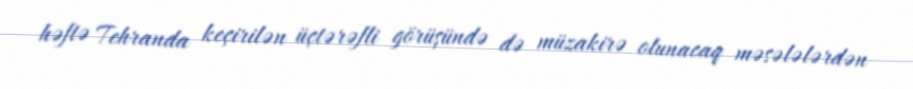
həftə Tehranda keçirilən üçtərəfli görüşündə də müzakirə olunacaq məsələlərdən